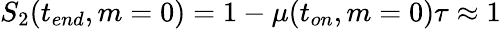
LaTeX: S_{2}(t_{end},m=0)=1-\mu(t_{on},m=0)\tau\approx 1